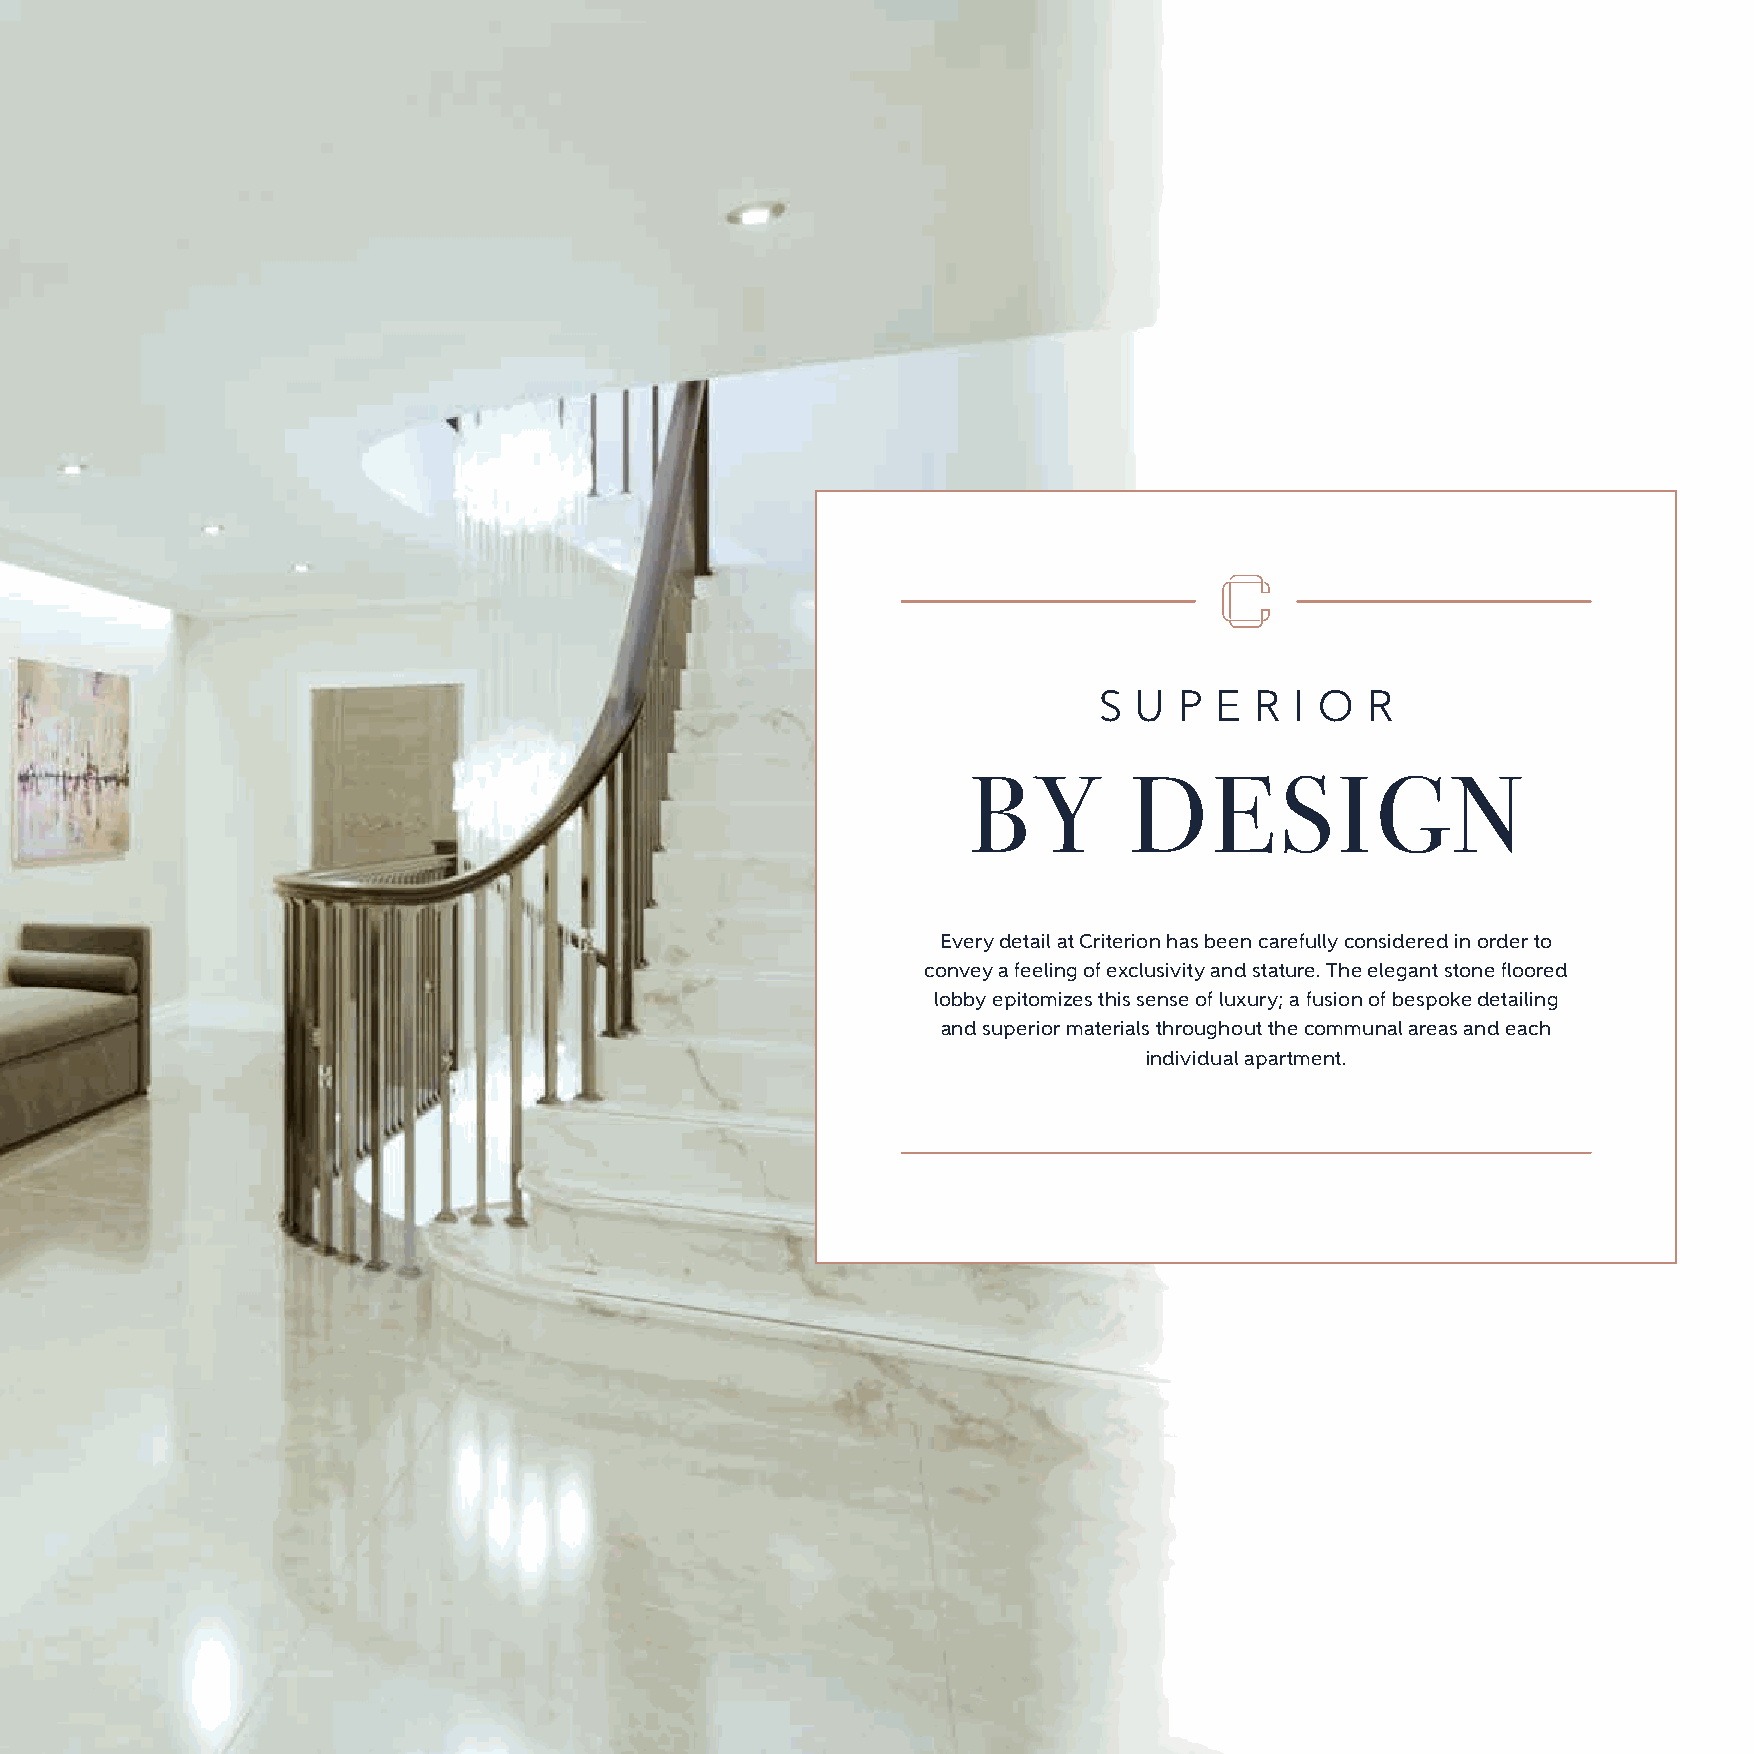
S U  P E  R  I O  R
 BY         DESIGN
 Every detail at Criterion has been carefully considered in order to
 convey a feeling of exclusivity and stature. The elegant stone floored
 lobby epitomizes this sense of luxury; a fusion of bespoke detailing
 and superior materials throughout the communal areas and each
 individual apartment.